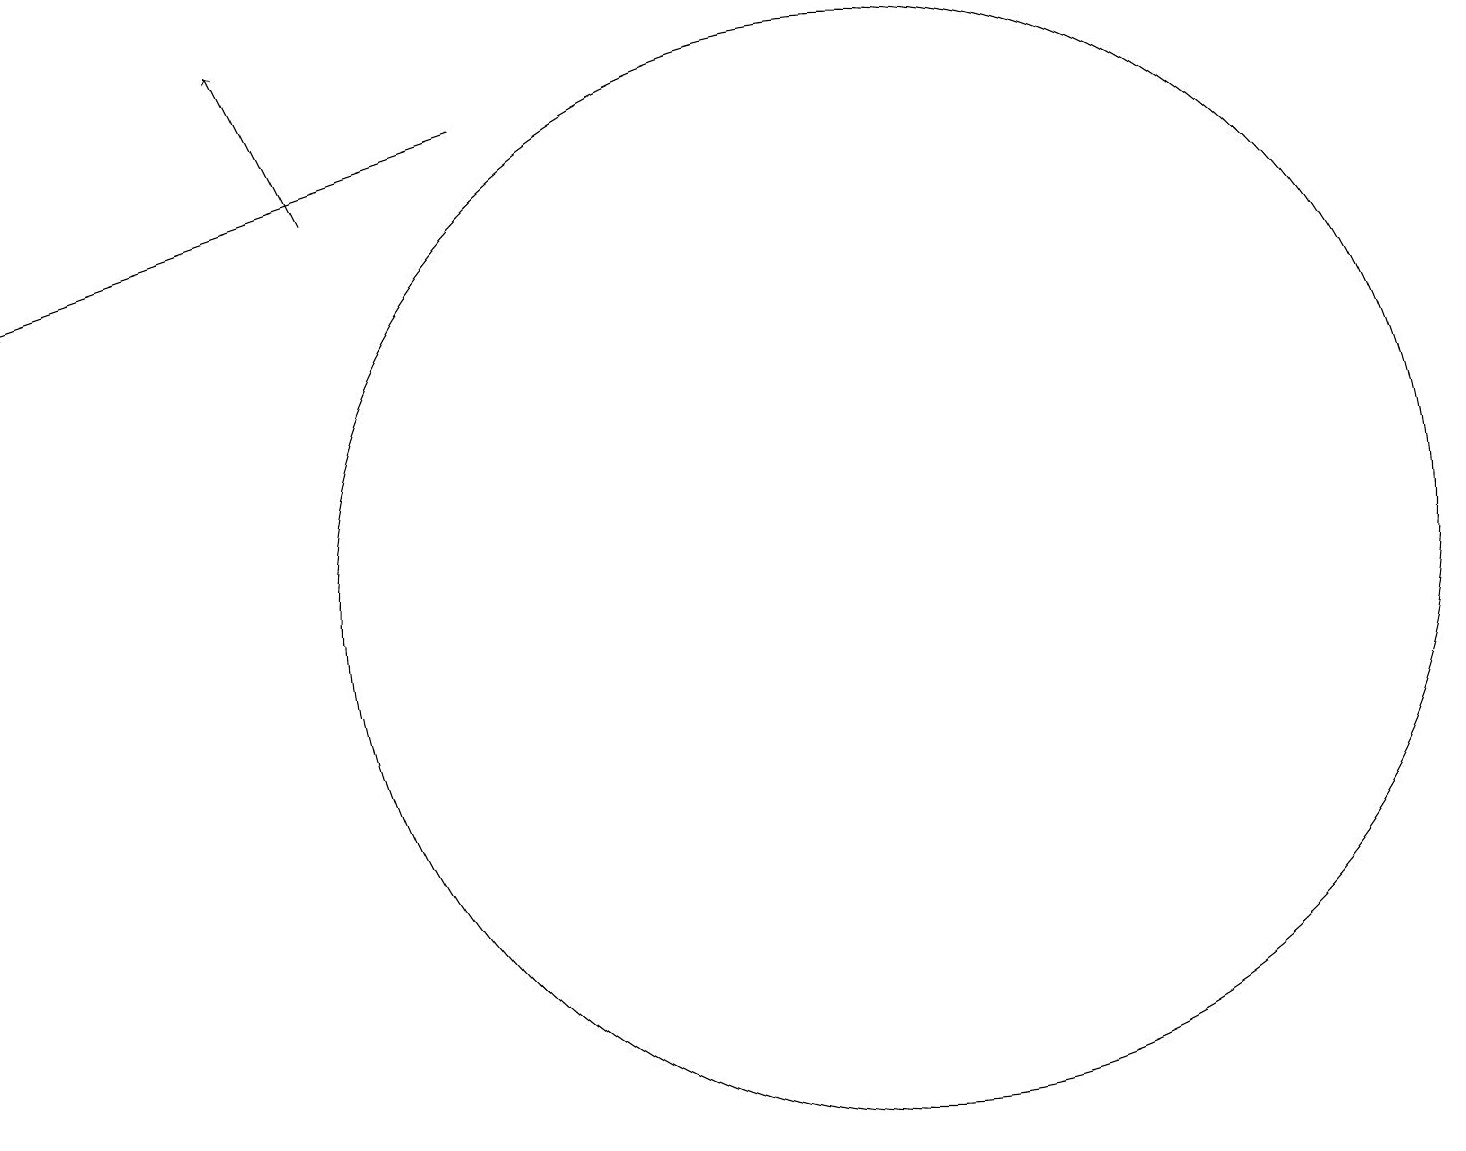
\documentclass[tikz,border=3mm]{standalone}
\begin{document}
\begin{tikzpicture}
\draw[->] (5,16) -- (4,18);
\draw (12,11) circle (7);
\draw[->] (7,17) -- (1,15);
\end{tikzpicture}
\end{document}